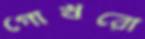
গোখরো